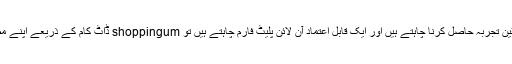
اگر آپ آن لائن خریداری کا ناقابل یقین تجربہ حاصل کرنا چاہتے ہیں اور ایک قابل اعتماد آن لائن پلیٹ فارم چاہتے ہیں تو shoppingum ڈاٹ کام کے ذریعے اپنے مطلوبہ ، قیمتی سامان کی جانچ کریں۔